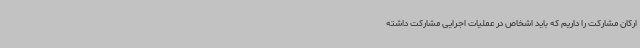
ارکان مشارکت را داریم که باید اشخاص در عملیات اجرایی مشارکت داشته